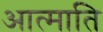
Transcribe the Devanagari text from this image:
आत्माति